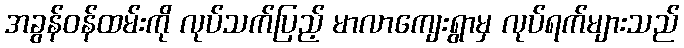
အခွန်ဝန်ထမ်းကို လုပ်သက်ပြည့် မာလာကျေးရွာမှ လုပ်ရက်များသည်